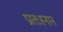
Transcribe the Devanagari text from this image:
प्रातःस्नान